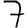
Digit: 7